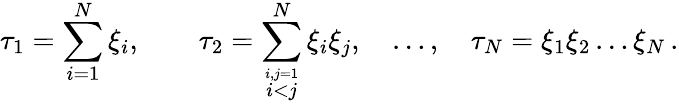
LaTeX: \tau_{1}=\sum_{i=1}^{N}\xi_{i},\qquad\tau_{2}=\sum_{\stackrel{i,j=1}{i<j}}^{N}\xi_{i}\xi_{j},\quad\ldots,\quad\tau_{N}=\xi_{1}\xi_{2}\ldots\xi_{N}\, .